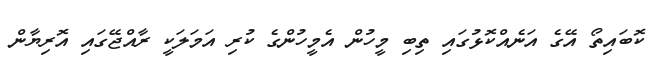
ކޮބައިތޯ އޭގެ އަނެއްކޮޅުގައި ތިބި މީހުން އެމީހުންގެ ކުރި އަމަލަކީ ރާއްޖޭގައި އޮރިޔާން